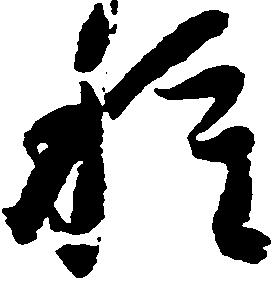
種